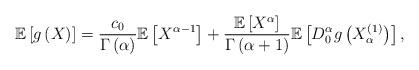
LaTeX: \begin{align*}\mathbb{E}\left [ g\left ( X \right ) \right ]=\frac{c_{0}}{\Gamma \left ( \alpha \right )}\mathbb{E}\left [ X^{\alpha -1} \right ]+\frac{\mathbb{E}\left [ X^{\alpha} \right ]}{\Gamma \left ( \alpha +1\right )}\mathbb{E}\left [ D_{0}^{\alpha }g\left ( X_{\alpha }^{\left ( 1 \right )} \right ) \right ],\end{align*}